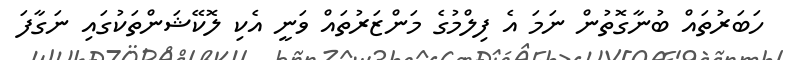
ހަބަރުތައް ބުނާގޮތުން ނަމަ އެ ފިލްމުގެ މަންޒަރުތައް ވަނީ އެކި ލޮކޭޝަންތަކުގައި ނަގާފަ